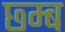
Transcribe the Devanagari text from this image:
छ्म्ब